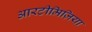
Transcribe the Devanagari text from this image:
आरटीमिज़िया